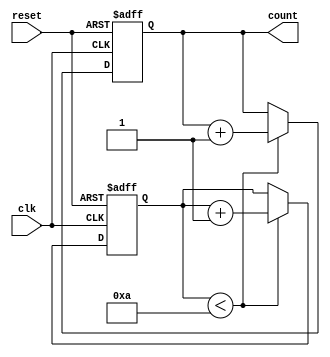
module do_while_loop_example (
    input wire clk,
    input wire reset,
    output reg [3:0] count
);

    reg [3:0] iterator;
    
    always @ (posedge clk or posedge reset) begin
        if (reset) begin
            count <= 4'b0000;
            iterator <= 4'b0000;
        end else if (iterator < 10) begin
            count <= count + 1;
            iterator <= iterator + 1;
        end
    end

endmodule